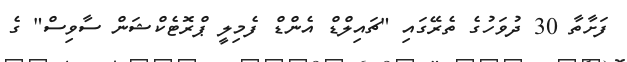
ފަށާތާ 30 ދުވަހުގެ ތެރޭގައި "ޗައިލްޑް އެންޑް ފެމިލީ ޕްރޮޓެކްޝަން ސާވިސް" ގެ